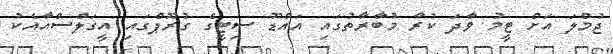
ޖުމްލަ އަށް ޓީމު ވާދަ ކުރާ މުބާރާތުގައި އައްޑޫ ސިޓީގެ ގުރޫޕްގައި އީގަލްސްއާއެކު